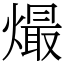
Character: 熶